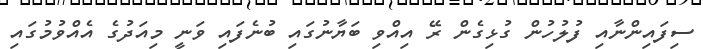
ސިފައިންނާއި ފުލުހުން ގުޅިގެން ރޭ އިއްވި ބަޔާނުގައި ބުނެފައި ވަނީ މިއަދުގެ އެއްވުމުގައި